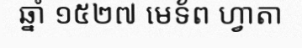
ឆ្នាំ ១៥២៧ មេទ័ព ហ្វាតា